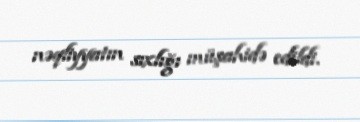
nəqliyyatın sıxlığı müşahidə edildi.